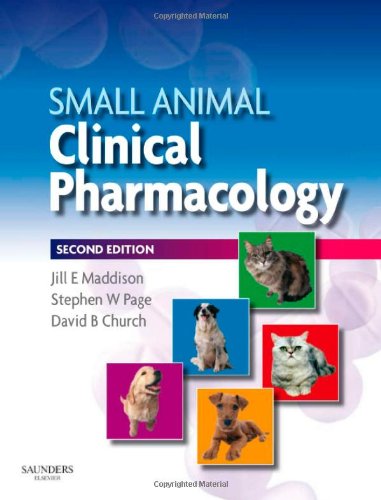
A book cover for Small Animal Clinical Pharmacology, 2e; Medical Books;